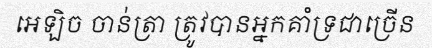
អេឡិច ចាន់ត្រា ត្រូវបានអ្នកគាំទ្រជាច្រើន